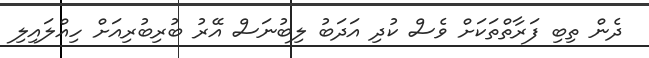
ދެން ތިބި ފަރާތްތަކަށް ވެސް ކުދި އަދަބު ލިބުނަސް އޭރު ބުރިބުރިއަށް ހިއްލައިލި